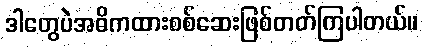
ဒါတွေပဲအဓိကထားစစ်ဆေးဖြစ်တတ်ကြပါတယ်။